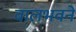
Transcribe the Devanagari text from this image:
बालभवने